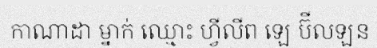
កាណាដា ម្នាក់ ឈ្មោះ ហ្វីលីព ឡេ ប៊ីលឡន